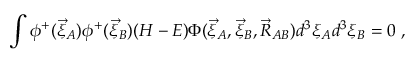
\int \phi ^ { + } ( \vec { \xi } _ { A } ) \phi ^ { + } ( \vec { \xi } _ { B } ) ( H - E ) \Phi ( \vec { \xi } _ { A } , \vec { \xi } _ { B } , \vec { R } _ { A B } ) d ^ { 3 } \xi _ { A } d ^ { 3 } \xi _ { B } = 0 \ ,